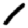
Digit: 1